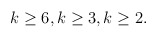
\begin{align*} k\geq 6, k\geq 3, k\geq 2.\end{align*}